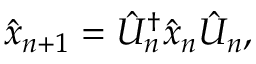
\hat { x } _ { n + 1 } = \hat { U } _ { n } ^ { \dagger } \hat { x } _ { n } \hat { U } _ { n } ,